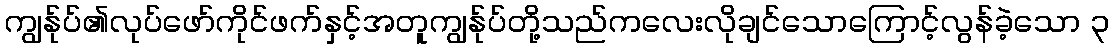
ကျွန်ုပ်၏လုပ်ဖော်ကိုင်ဖက်နှင့်အတူကျွန်ုပ်တို့သည်ကလေးလိုချင်သောကြောင့်လွန်ခဲ့သော ၃